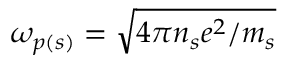
\omega _ { p ( s ) } = \sqrt { 4 \pi n _ { s } e ^ { 2 } / m _ { s } }